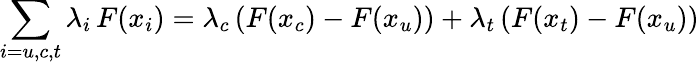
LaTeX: \sum_{i=u,c,t}\lambda_{i}\, F(x_{i})=\lambda_{c}\, (F(x_{c})-F(x_{u}))+\lambda_{t}\, (F(x_{t})-F(x_{u}))